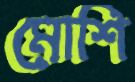
মোশি